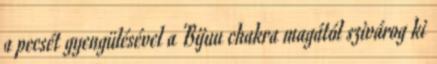
a pecsét gyengülésével a Bijuu chakra magától szivárog ki